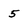
Character: 5